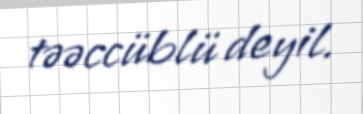
təəccüblü deyil.